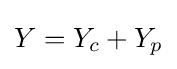
Y=Y_{c}+Y_{p}